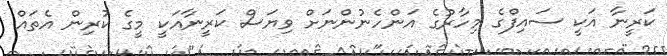
ކަރީނާ އަކީ ސައިފްގެ މިހާރުގެ އަންހެނުންނަށް ވިޔަސް ކަރީނާއަކީ މީގެ ކުރިން އެތައް